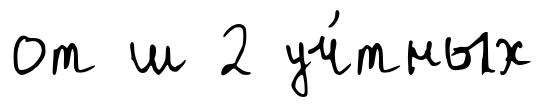
от ш 2 уч́тных